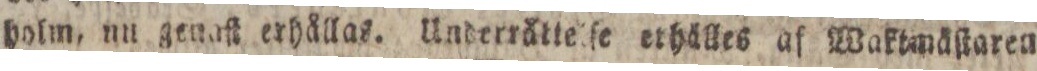
holm, nu genaſt erhållas. Underrätteiſe ethälles af Waktmäſtaren